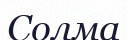
Солма